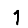
Digit: 1